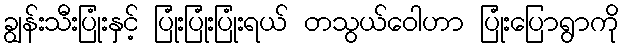
ချွန်းသီးပြုံးနှင့် ပြုံးပြုံးပြုံးရယ် တသွယ်ဝေါဟာ ပြုံးပြောရွာကို